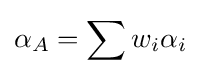
\alpha _{A}=\sum w_{i}\alpha _{i}